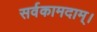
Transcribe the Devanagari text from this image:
सर्वकामदाम्‌।